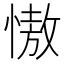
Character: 慠